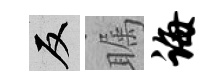
反瞩诲